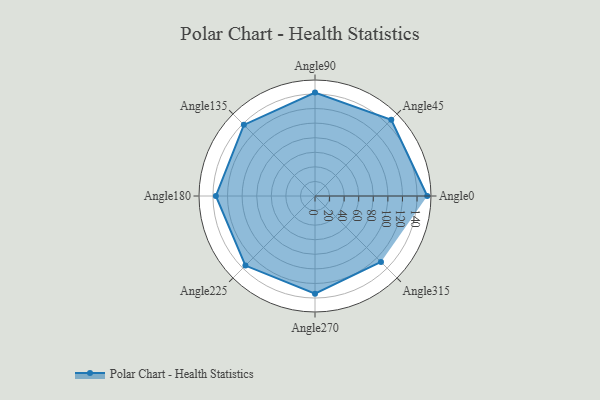
{"axis": {"x": "Angle", "y": "Radius"}, "legend": [""], "data": [{"x": "Angle0", "y": 154.0, "type": ""}, {"x": "Angle45", "y": 148.0, "type": ""}, {"x": "Angle90", "y": 142.0, "type": ""}, {"x": "Angle135", "y": 138.0, "type": ""}, {"x": "Angle180", "y": 136.0, "type": ""}, {"x": "Angle225", "y": 135.0, "type": ""}, {"x": "Angle270", "y": 134.0, "type": ""}, {"x": "Angle315", "y": 128.0, "type": ""}]}